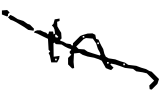
Text: in
Cross-out: diagonal
Writing tool: digital_black